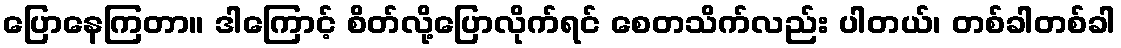
ပြောနေကြတာ။ ဒါကြောင့် စိတ်လို့ပြောလိုက်ရင် စေတသိက်လည်း ပါတယ်၊ တစ်ခါတစ်ခါ